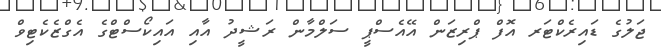
ޖަލުގެ ޑައިރެކްޓަރ އޮފް ޕްރިޒަން އޭއެސްޕީ ސަލްމާން ރަޝީދު އާއި އައިކޯސްޓްގެ އެގްޒެކެޓިވް